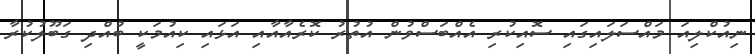
ނިއުކްލިއަ މައްސަލައިގައި ސޮއިކުރި އެއްބަސްވުން އުތުރު ކޮރެއާއާއި އަޅައި ކިއުމަކީ ބުއްދި ގަބޫލުކުރާ